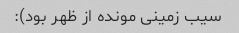
سیب زمینی مونده از ظهر بود):